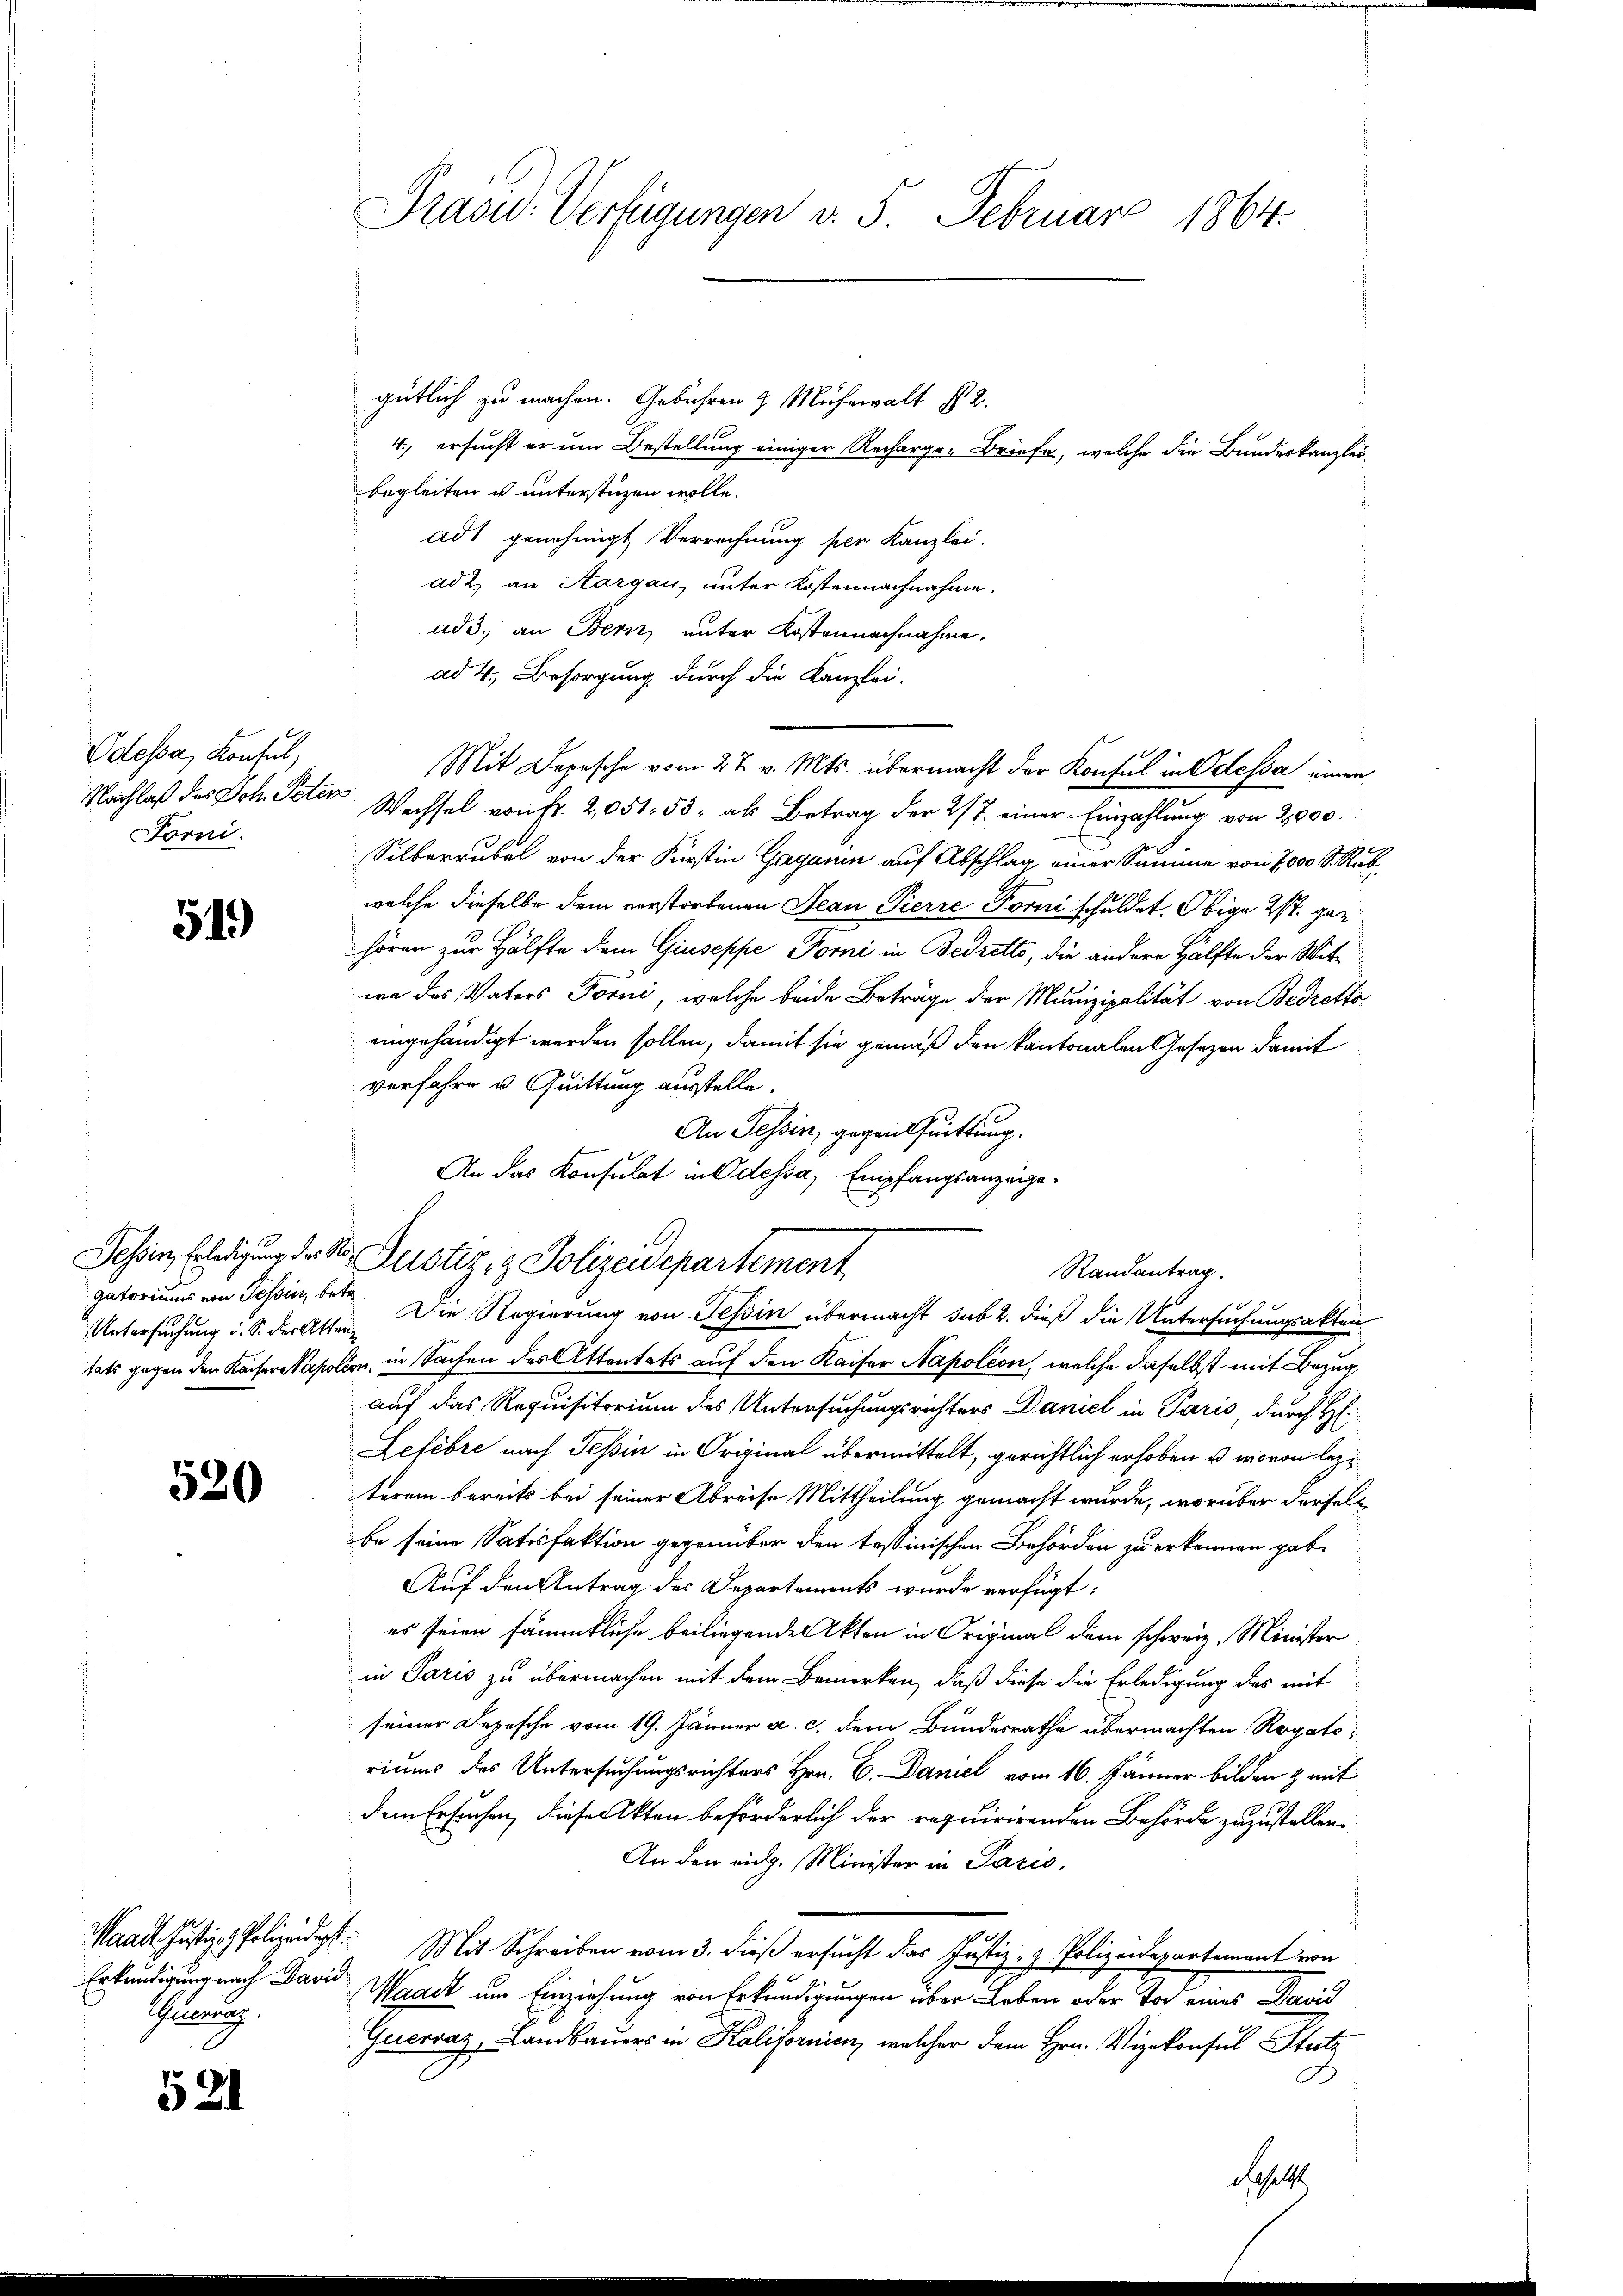
Odessa, Konsul,
Forni

51)

Tessin, Erledigung des Kögatoriums von Tessin, betr
Untersuchung u. S. der Atten

520

Guerung.

521

gütlich zu machen. Gebühren & Mühewalt s 2.
begleiten u unterstüzen wolle.
adt genehmigt Verrechnung per Kanzlei.
ad 2, an Aargau, unter Kostennachnahme.
ad 3. an Bern unter Kostennachnahme.
ad 4. Besorgung durch die Kanzlei-
Mit Depesche vom 27. v. Mts. übermacht der Konsul in Odessa einen
Nachlaß des Joh. Peter Wechsel von fr. 2,051. 53, als Betrag der 2/7. einer Einzahlung von 2,000.
Silberrubel von der Fürstin Gagann auf Abschlag einer Summe von 7000 S. Raubwelche dieselbe dem verstorbenen Jean Pierre Forni schuldet. Obige 2. gehören zur Hälfte dem Giuseppe Torni in Bedretto, die andere Hälfte der Witwa des Vaters Torni, welche beide Beträge der Munizipalität von Bedretto
eingehändigt werden sollen, damit sie gemäß den kantonalen Gesezen damit
verfahre u. Quittung ausstelle.
An Tessin, gegen Quittung.
An das Konsulat in Odessa, Empfangsanzeige¬

Pras-Verfügungen v. 5. Februar 1864.

tats gegen den Kaiser apolen, in Sachen des Attentats auf den Kaiser Napoléon, welche daselbst mit Bezug
auf das Requisitorium des Untersuchungsrichters Daniel in Paris, durch H:
Lefebre nach Tessin in Original übermittelt, gerichtlich erhoben u. wovon lezterem bereits bei seiner Abreise Mittheilung gemacht wurde, worüber derselb
be seine Satisfaktion gegenüber den tessinischen Behörden zu erkennen gab.
Auf den Antrag des Departements wurde verfügt:
es seien sämmtliche beiliegenden Akten in Original dem schweiz. Minister
in Paris zu übermachen mit dem Bemerken, daß diese die Erledigung des mit
seiner Depesche vom 19. Jänner a. c. dem Bundesrathe übermachten Rogatoriums des Untersuchungsrichters Hrn. C. Daniel vom 16. Jänner bilden & mit
dem Ersuchen, dieser Akten beförderlich der requirirenden Behörde zuzustellen.
An den eidg. Minister in Paris,
Maad Justiz- & Polizeidigt. Mit Schreiben vom 3. dieß ersucht das Justiz- & Polizeidepartement von
Erkundigung nach David Waadt um Einziehung von Erkundigungen über Leben oder Tod eines David
Guervaz, Landbauers in Kalifornien, welcher dem Hrn. Vizekonsul Stutz
A
daselst

4. ersucht er um Bestellung einiger Recharge- Briefe, welche die Bundeskanzlei¬

Justiz- & Polizeidepartement
Randantrag.
Die Regierung von Tessin übermacht sub 2. dieß die Untersuchungsakten